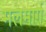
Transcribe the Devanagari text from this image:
मलमार्ग